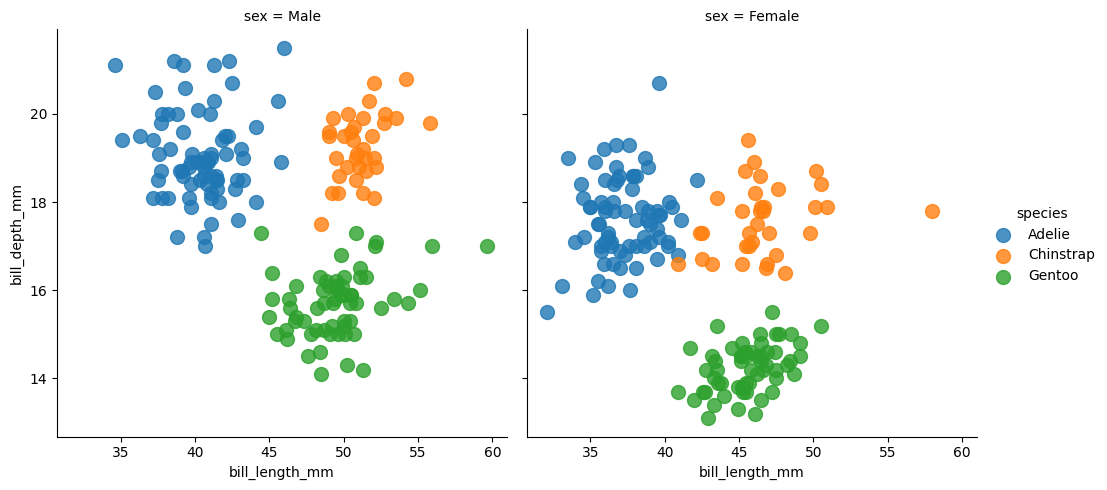
python, seaborn, lmplot, aspect=1.0, order=2, markers='o'